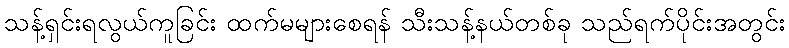
သန့်ရှင်းရလွယ်ကူခြင်း ထက်မများစေရန် သီးသန့်နယ်တစ်ခု သည်ရက်ပိုင်းအတွင်း